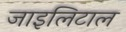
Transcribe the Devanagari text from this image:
जाइलिटाल